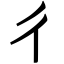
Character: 彳